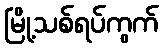
မြို့သစ်ရပ်ကွက်